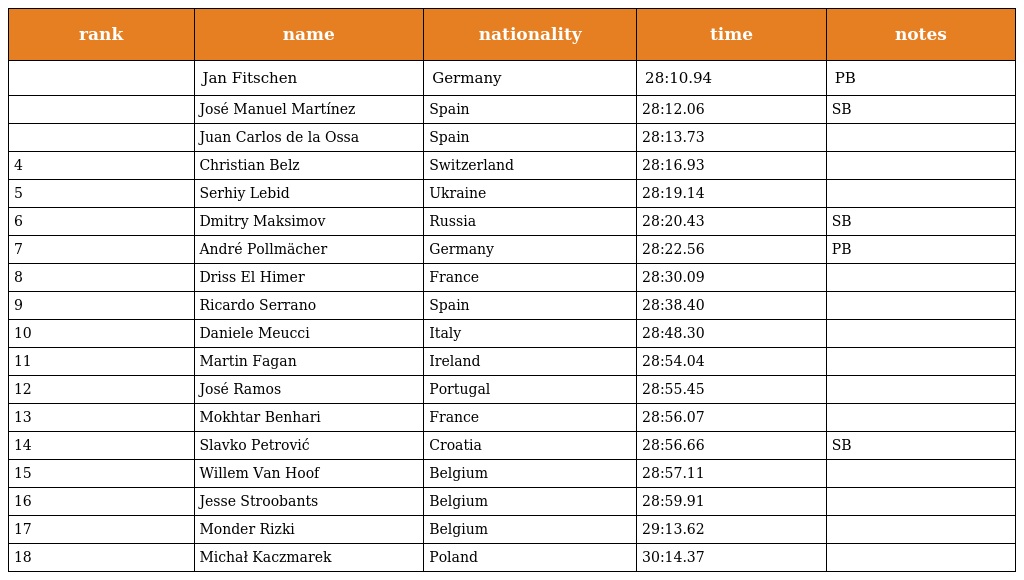
| rank | name | nationality | time | notes |
 | --- | --- | --- | --- | --- |
 |  | Jan Fitschen | Germany | 28:10.94 | PB |
 |  | José Manuel Martínez | Spain | 28:12.06 | SB |
 |  | Juan Carlos de la Ossa | Spain | 28:13.73 |  |
 | 4 | Christian Belz | Switzerland | 28:16.93 |  |
 | 5 | Serhiy Lebid | Ukraine | 28:19.14 |  |
 | 6 | Dmitry Maksimov | Russia | 28:20.43 | SB |
 | 7 | André Pollmächer | Germany | 28:22.56 | PB |
 | 8 | Driss El Himer | France | 28:30.09 |  |
 | 9 | Ricardo Serrano | Spain | 28:38.40 |  |
 | 10 | Daniele Meucci | Italy | 28:48.30 |  |
 | 11 | Martin Fagan | Ireland | 28:54.04 |  |
 | 12 | José Ramos | Portugal | 28:55.45 |  |
 | 13 | Mokhtar Benhari | France | 28:56.07 |  |
 | 14 | Slavko Petrović | Croatia | 28:56.66 | SB |
 | 15 | Willem Van Hoof | Belgium | 28:57.11 |  |
 | 16 | Jesse Stroobants | Belgium | 28:59.91 |  |
 | 17 | Monder Rizki | Belgium | 29:13.62 |  |
 | 18 | Michał Kaczmarek | Poland | 30:14.37 |  |